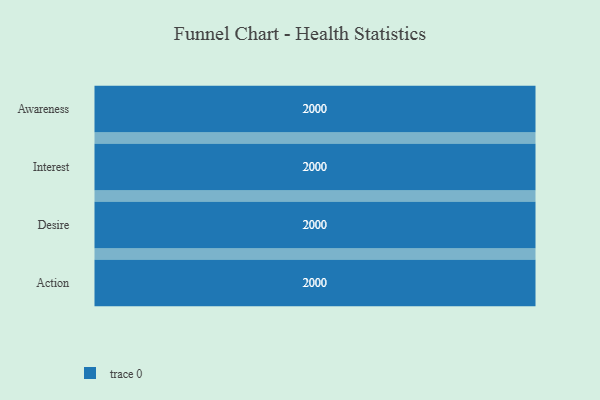
{"axis": {"x": "Stage", "y": "Value"}, "legend": [""], "data": [{"x": "Awareness", "y": 2000, "type": ""}, {"x": "Interest", "y": 2000, "type": ""}, {"x": "Desire", "y": 2000, "type": ""}, {"x": "Action", "y": 2000, "type": ""}]}